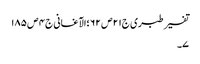
تفسیر طبری ج٢١ص ٦٢ ؛الآغانی ج٤ ص ١٨٥
٧۔